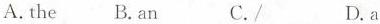
A.the B.An C./ D.a